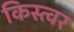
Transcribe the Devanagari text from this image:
किस्त्वर